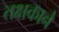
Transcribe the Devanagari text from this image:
तक्षकाने